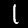
Digit: 1